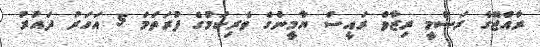
ރާއްޖޭގެ ރަސްމީ ރިޒާވް ރައީސް ޔާމީންގެ ވެރިކަމުގެ ފުރަތަމަ 5 އަހަރު ދައުރު